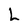
Character: L